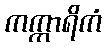
ကက္ကာရိကံ